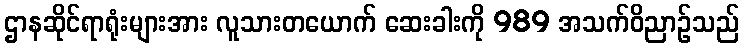
ဌာနဆိုင်ရာရုံးများအား လူသားတယောက် ဆေးခါးကို 989 အသက်ဝိညာဉ်သည်